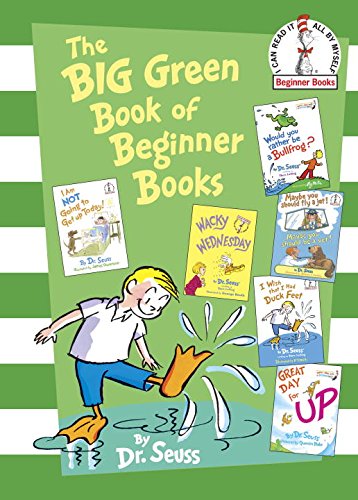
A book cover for The Big Green Book of Beginner Books (Beginner Books(R)); Dr. Seuss; Children's Books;